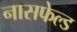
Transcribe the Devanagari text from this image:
नासफेल्ड